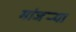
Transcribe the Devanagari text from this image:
मांजर्‍या